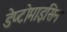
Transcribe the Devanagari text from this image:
डेप्टोमाइसिन